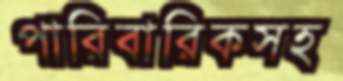
পারিবারিকসহ